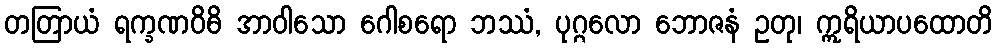
တတြာယံ ရက္ခဏဝိဓိ အာဝါသော ဂေါစရော ဘဿံ, ပုဂ္ဂလော ဘောဇနံ ဥတု၊ ဣရိယာပထောတိ